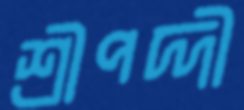
শ্রীপদ্দী